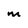
Character: m